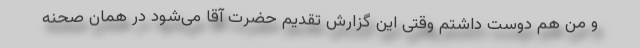
و من هم دوست داشتم وقتی این گزارش تقدیم حضرت آقا می‌شود در همان صحنه